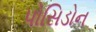
પોસિડોન